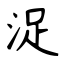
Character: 浞